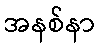
အနစ်နာ